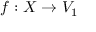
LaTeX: f : X \to V _ { 1 }